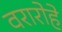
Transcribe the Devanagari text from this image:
वरारोहे